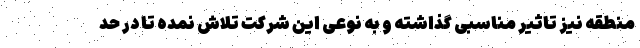
منطقه نیز تاثیر مناسبی گذاشته و به نوعی این شرکت تلاش نمده تا در حد